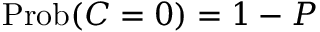
\operatorname { P r o b } ( C = 0 ) = 1 - P